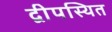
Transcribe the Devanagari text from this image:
द्वीपस्थित